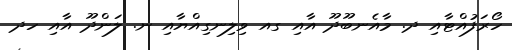
ހޯރަފުއްޓާއި ދ. މާއެނބޫދޫ އާއި ގއ ވިލިނގިއްޔާއި ނ. ލަންދޫ އާއި ހދ